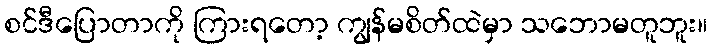
စင်ဒီပြောတာကို ကြားရတော့ ကျွန်မစိတ်ထဲမှာ သဘောမတူဘူး။